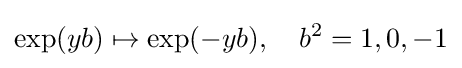
\exp(yb)\mapsto \exp(-yb),\quad b^{2}=1,0,-1